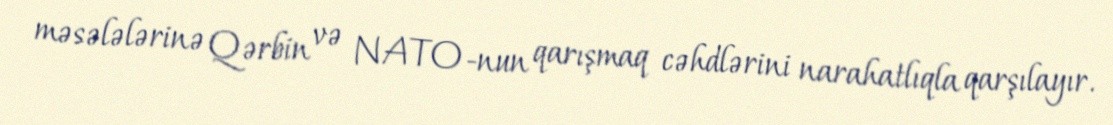
məsələlərinə Qərbin və NATO-nun qarışmaq cəhdlərini narahatlıqla qarşılayır.